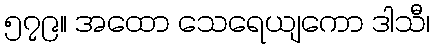
၅၇၉။ အထော သေရေယျကော ဒါသီ၊